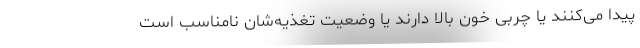
پیدا می‌کنند یا چربی خون بالا دارند یا وضعیت تغذیه‌شان نامناسب است